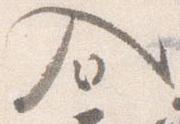
入